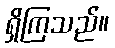
ရှိကြသည်။